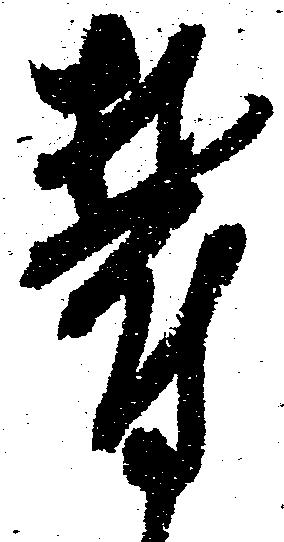
欝